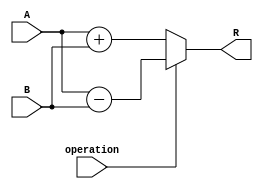
`timescale 1ns / 1ps
//////////////////////////////////////////////////////////////////////////////////
// Company: 
// Engineer: 
// 
// Design Name: 
// Module Name: Adder_Block
// Project Name: 
// Target Devices: 
// Tool Versions: 
// Description: 
// 
// Dependencies: 
// 
// Revision:
// Revision 0.01 - File Created
// Additional Comments:
// 
//////////////////////////////////////////////////////////////////////////////////


// Block to perform addition operations
module Adder_Block ( //16-Bit Adder Block
    input [15:0]A, // MSB is sign bit
    input [15:0]B, // MSB is sign bit
    input operation, // Addition or Subtraction
    output reg [15:0]R // MSB is sign bit
    );
//wire carry;
//wire [15:0]compB;
//
//complement C1(.I(B[15:0]),.X(operation),.O(compB[15:0]));
//
//adder16 S1(.A(A[15:0]),.B(compB[15:0]),.Sum(R[15:0]));
//

always@(*)
    if(operation)
        R = A - B;
    else
        R = A + B;
endmodule

//module adder16(
//    input [15:0] A,
//    input [15:0] B,
//    output reg [15:0] Sum
//    );
//always@(A,B)
//    Sum <= A + B;
//endmodule

//module complement(
//	 input [15:0]I,
//	 input X,
//	 output [15:0]O
//	 );
//xor(O[15], X, I[15]);
//xor(O[14], X, I[14]);
//xor(O[13], X, I[13]);
//xor(O[12], X, I[12]);
//xor(O[11], X, I[11]);
//xor(O[10], X, I[10]);
//xor(O[9],  X, I[9]);
//xor(O[8],  X, I[8]);
//xor(O[7],  X, I[7]);
//xor(O[6],  X, I[6]);
//xor(O[5],  X, I[5]);
//xor(O[4],  X, I[4]);
//xor(O[3],  X, I[3]);
//xor(O[2],  X, I[2]);
//xor(O[1],  X, I[1]);
//xor(O[0],  X, I[0]);
//endmodule